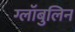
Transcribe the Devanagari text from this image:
ग्लॉबुलिन